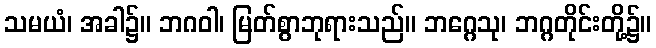
သမယံ၊ အခါ၌။ ဘဂဝါ၊ မြတ်စွာဘုရားသည်။ ဘဂ္ဂေသု၊ ဘဂ္ဂတိုင်းတို့၌။